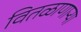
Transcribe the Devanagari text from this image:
वितळाणाऱ्या